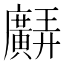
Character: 𢌊